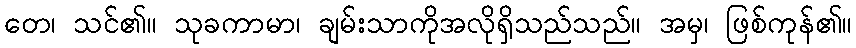
တေ၊ သင်၏။ သုခကာမာ၊ ချမ်းသာကိုအလိုရှိသည်သည်။ အမှ၊ ဖြစ်ကုန်၏။